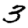
Digit: 3